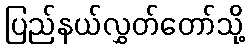
ပြည်နယ်လွှတ်တော်သို့